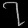
Digit: ၇